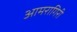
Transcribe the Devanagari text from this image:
आमरागिरी